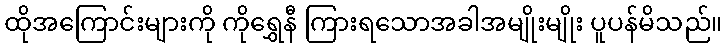
ထိုအကြောင်းများကို ကိုရွှေနီ ကြားရသောအခါအမျိုးမျိုး ပူပန်မိသည်။